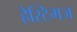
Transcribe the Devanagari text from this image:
हेस्टिगज